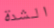
الشدة